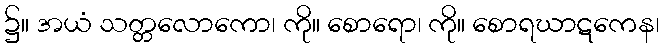
၌။ အယံ သတ္တလောကော၊ ကို။ စောရော၊ ကို။ စောရဃာဋကေန၊